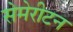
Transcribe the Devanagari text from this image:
सेमेरीटन